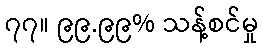
၇၇။ ၉၉.၉၉% သန့်စင်မှု